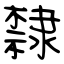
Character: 隸